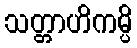
သတ္တာဟိကမ္ပိ